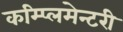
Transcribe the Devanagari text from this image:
कम्प्लिमेन्टरी